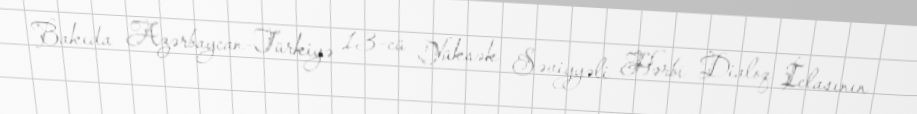
Bakıda Azərbaycan-Türkiyə 13-cü Yüksək Səviyyəli Hərbi Dialoq İclasının